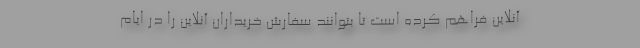
آنلاین فراهم کرده است تا بتوانند سفارش خریداران آنلاین را در ایام